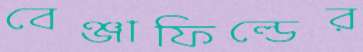
বেঞ্জাফিল্ডের